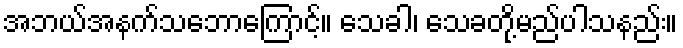
အဘယ်အနက်သဘောကြောင့်။ သေခါ၊ သေခတို့မည်ပါသနည်း။